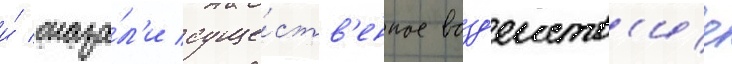
и́ оказа́л'и суще́ств'енное возд'еиств'ие